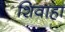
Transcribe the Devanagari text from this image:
शिवाहा